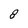
Character: 8